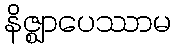
နိဇ္ဈာပေဿာမ